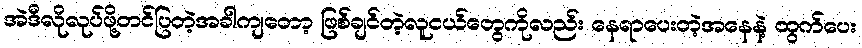
အဲဒီလိုလုပ်ဖို့တင်ပြတဲ့အခါကျတော့ ဖြစ်ချင်တဲ့လူငယ်တွေကိုလည်း နေရာပေးတဲ့အနေနဲ့ ထွက်ပေး